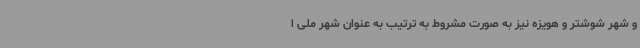
و شهر شوشتر و هویزه نیز به صورت مشروط به ترتیب به عنوان شهر ملی ا